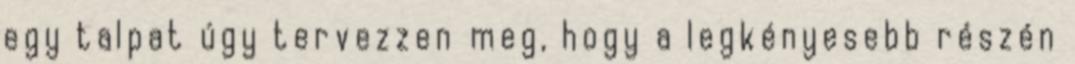
egy talpat úgy tervezzen meg, hogy a legkényesebb részén